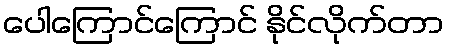
ပေါကြောင်ကြောင် နိုင်လိုက်တာ